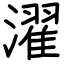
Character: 濯